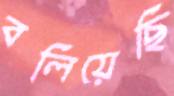
বলিয়েছি